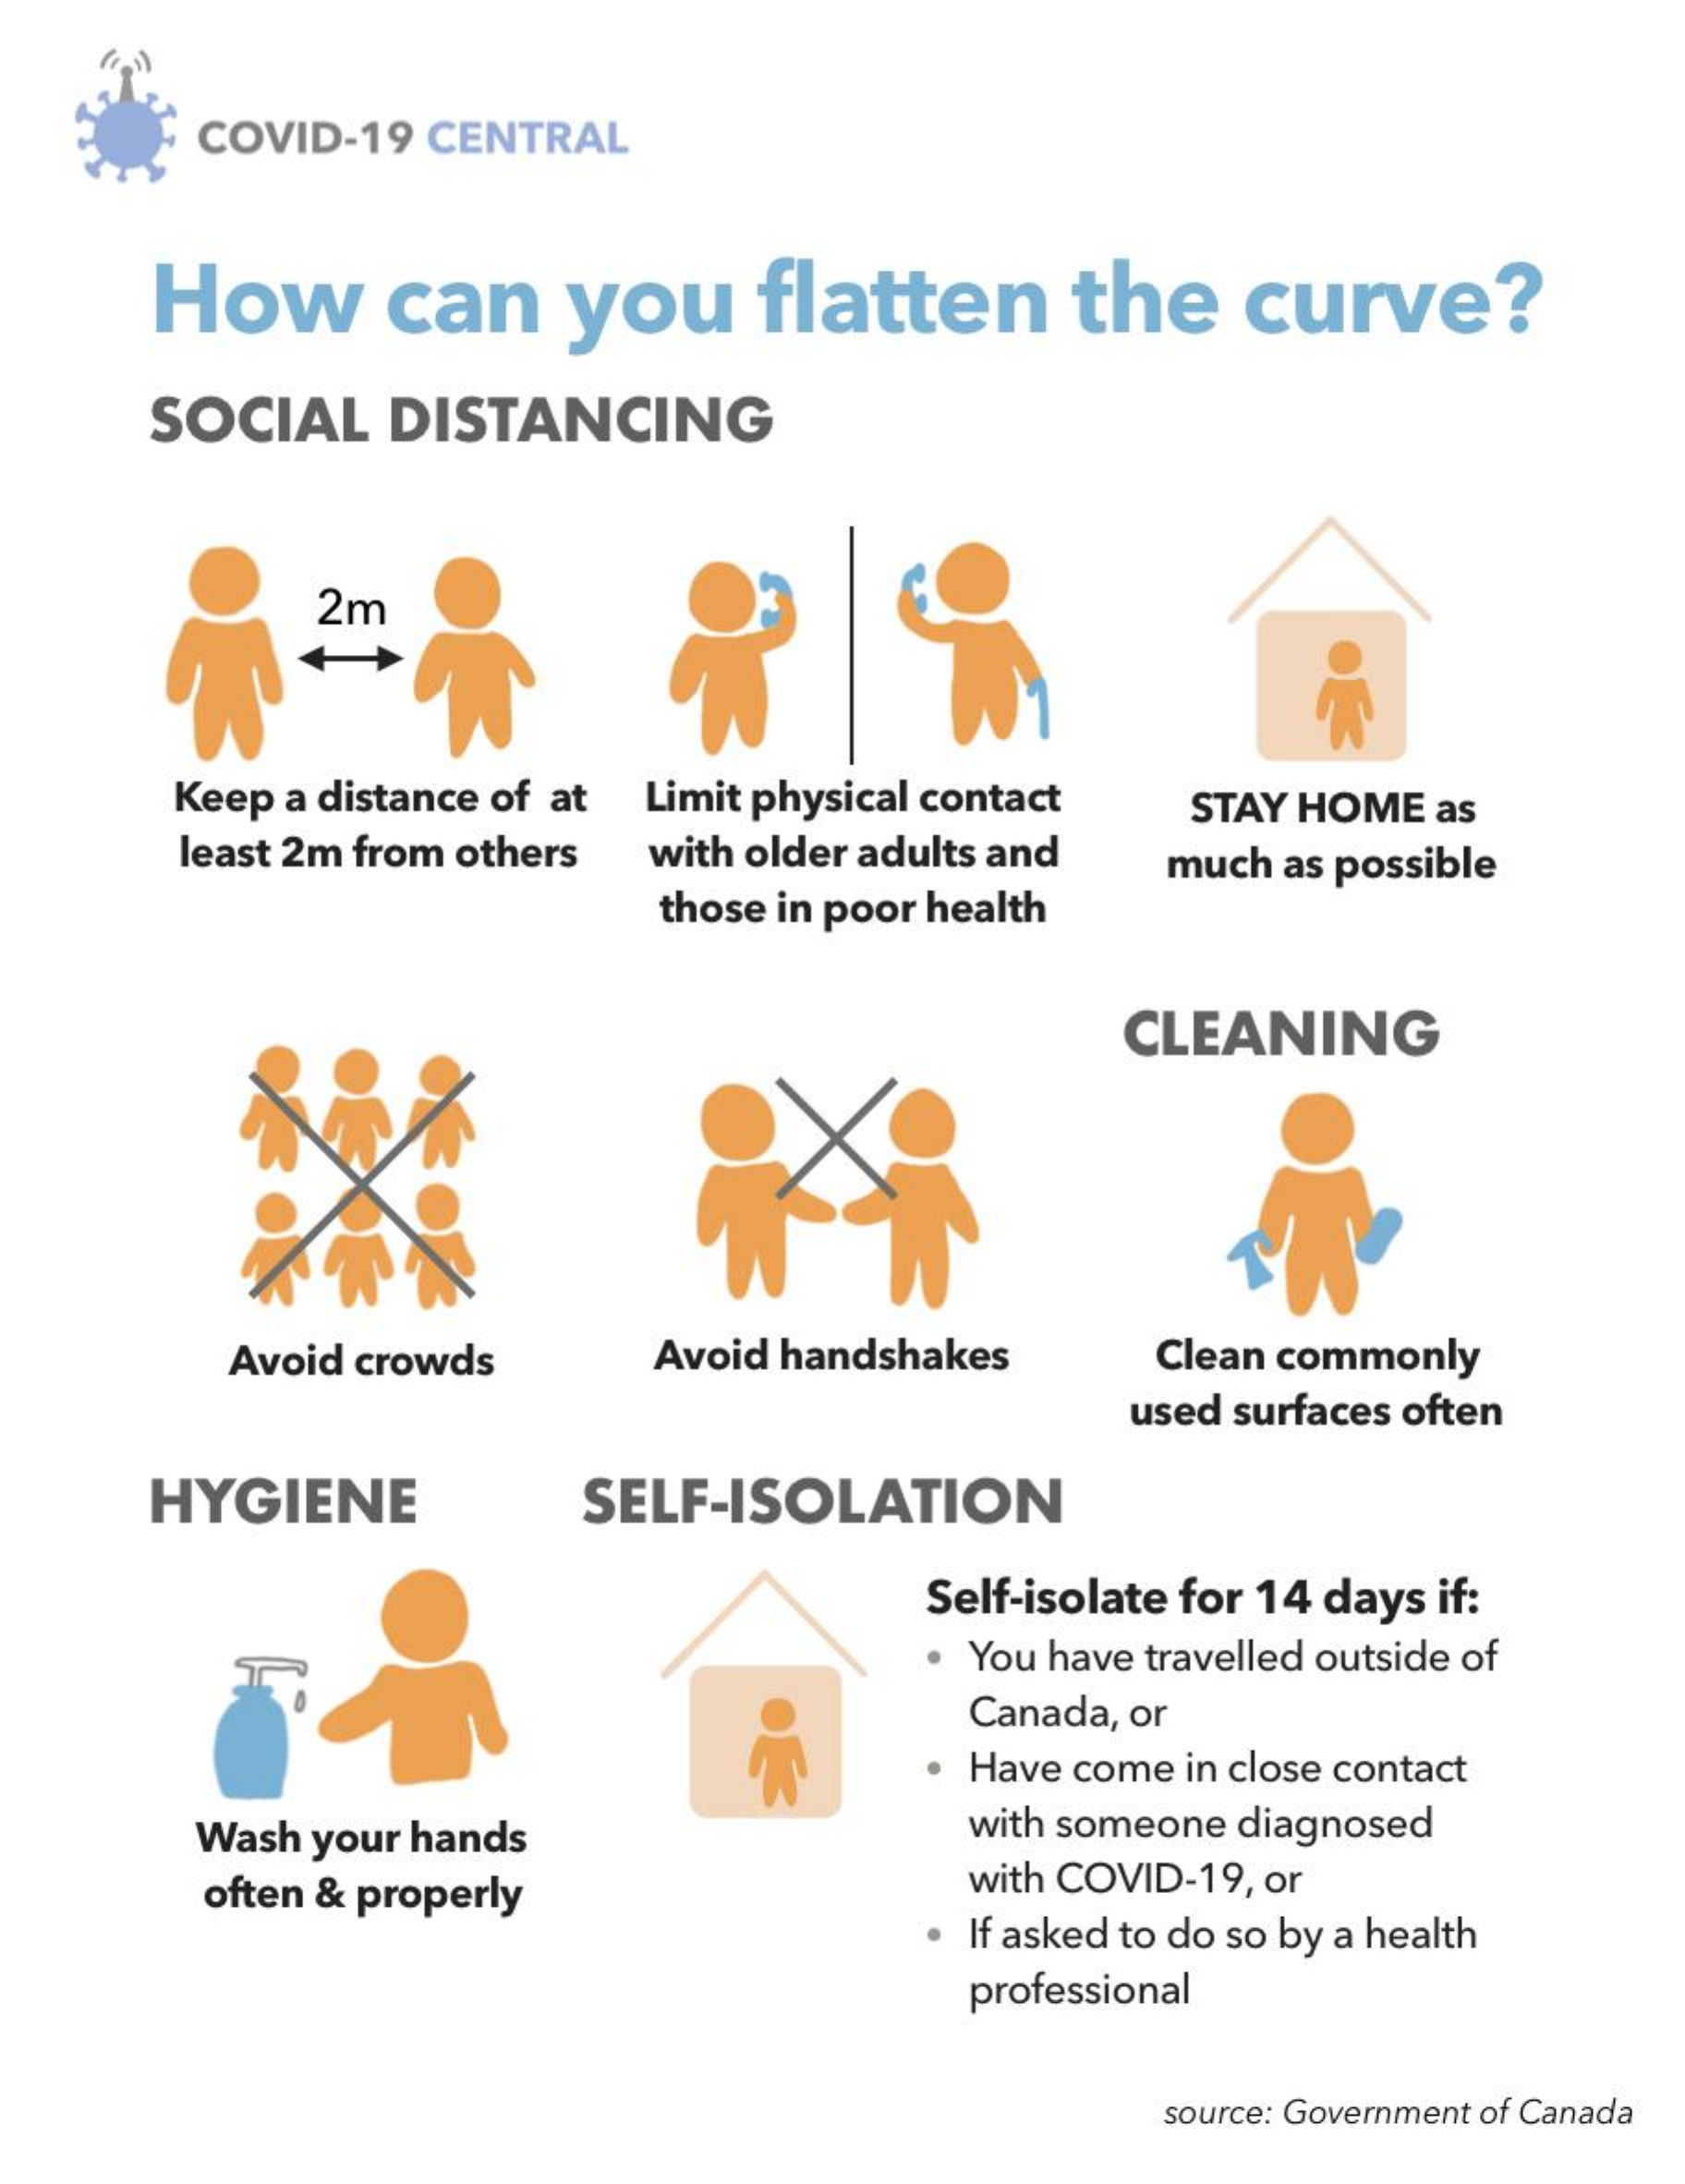
COVID-19 CENTRAL
     How    can   you    flatten    the   curve?
     SOCIAL  DISTANCING
     2m
     Keep a distance of at Limit physical contact STAY HOME as
     least 2m from others with older adults and
     those in poor health
     much as possible
     CLEANING
     Avoid crowds   Avoid handshakes  Clean commonly
     used surfaces often
     HYGIENE    SELF-ISOLATION
     Self-isolate for 14 days if:
     You have travelled outside of
     Canada, or
     Have come in close contact
     Wash your hands    with someone diagnosed
     often & properly    with COVID-19, or
     If asked to do so by a health
     professional
     source: Government of Canada